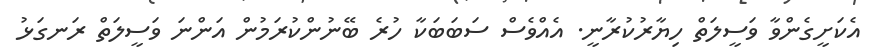
އެކަށީގެންވާ ވަސީލަތް ހިޔާރުކުރާނީ. އެއްވެސް ސަބަބަކާ ހުރެ ބޭނުންކުރަމުން އަންނަ ވަސީލަތް ރަނގަޅު